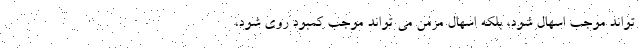
تواند موجب اسهال شود، بلکه اسهال مزمن می تواند موجب کمبود روی شود،